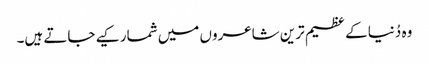
وہ دُنیا کے عظیم ترین شاعروں میں شمار کیے جاتے ہیں۔